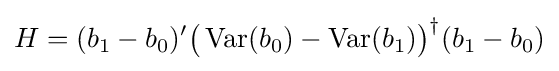
H=(b_{1}-b_{0})'{\big (}\operatorname {Var} (b_{0})-\operatorname {Var} (b_{1}){\big )}^{\dagger }(b_{1}-b_{0})